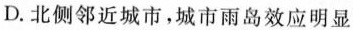
D.北侧邻近城市，城市雨岛效应明显